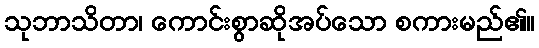
သုဘာသိတာ၊ ကောင်းစွာဆိုအပ်သော စကားမည်၏။